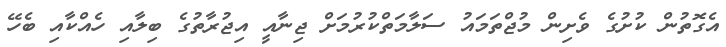
އެގޮތުން ކުށުގެ ވެށިން މުޖްތަމައު ސަލާމަތްކުރުމަށް ޖިނާއީ އިޖުރާތުގެ ބިލާއި ހެއްކާއި ބެހޭ